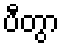
ပီတွာ